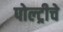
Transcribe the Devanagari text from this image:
पोल्ट्रीचे